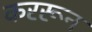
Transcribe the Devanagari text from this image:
कररून